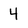
Character: 4